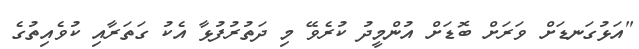
"އަޅުގަނޑަށް ވަރަށް ބޮޑަށް އުންމީދު ކުރެވޭ މި ދަތުރުފުޅާ އެކު ގަތަރާއި ކުވެއިތުގެ